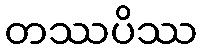
တဿပိဿ